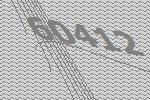
60412